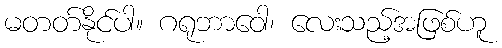
မတတ်နိုင်ပါ။ ဂရုဘာဝေါ၊ လေးသည့်အဖြစ်ဟူ